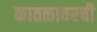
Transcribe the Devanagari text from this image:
कातळावरची